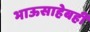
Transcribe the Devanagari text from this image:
भाऊसाहेबही